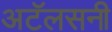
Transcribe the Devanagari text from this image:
अटॅलसनी